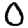
Digit: 0